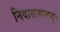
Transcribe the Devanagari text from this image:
निवासस्थानातून